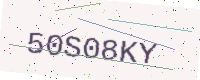
Text: 50S08KY